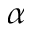
\alpha